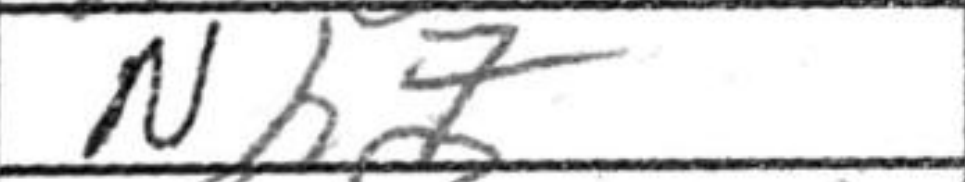
Transcription: Nh7